Kaarli_hariduselts_Sade, lk 6
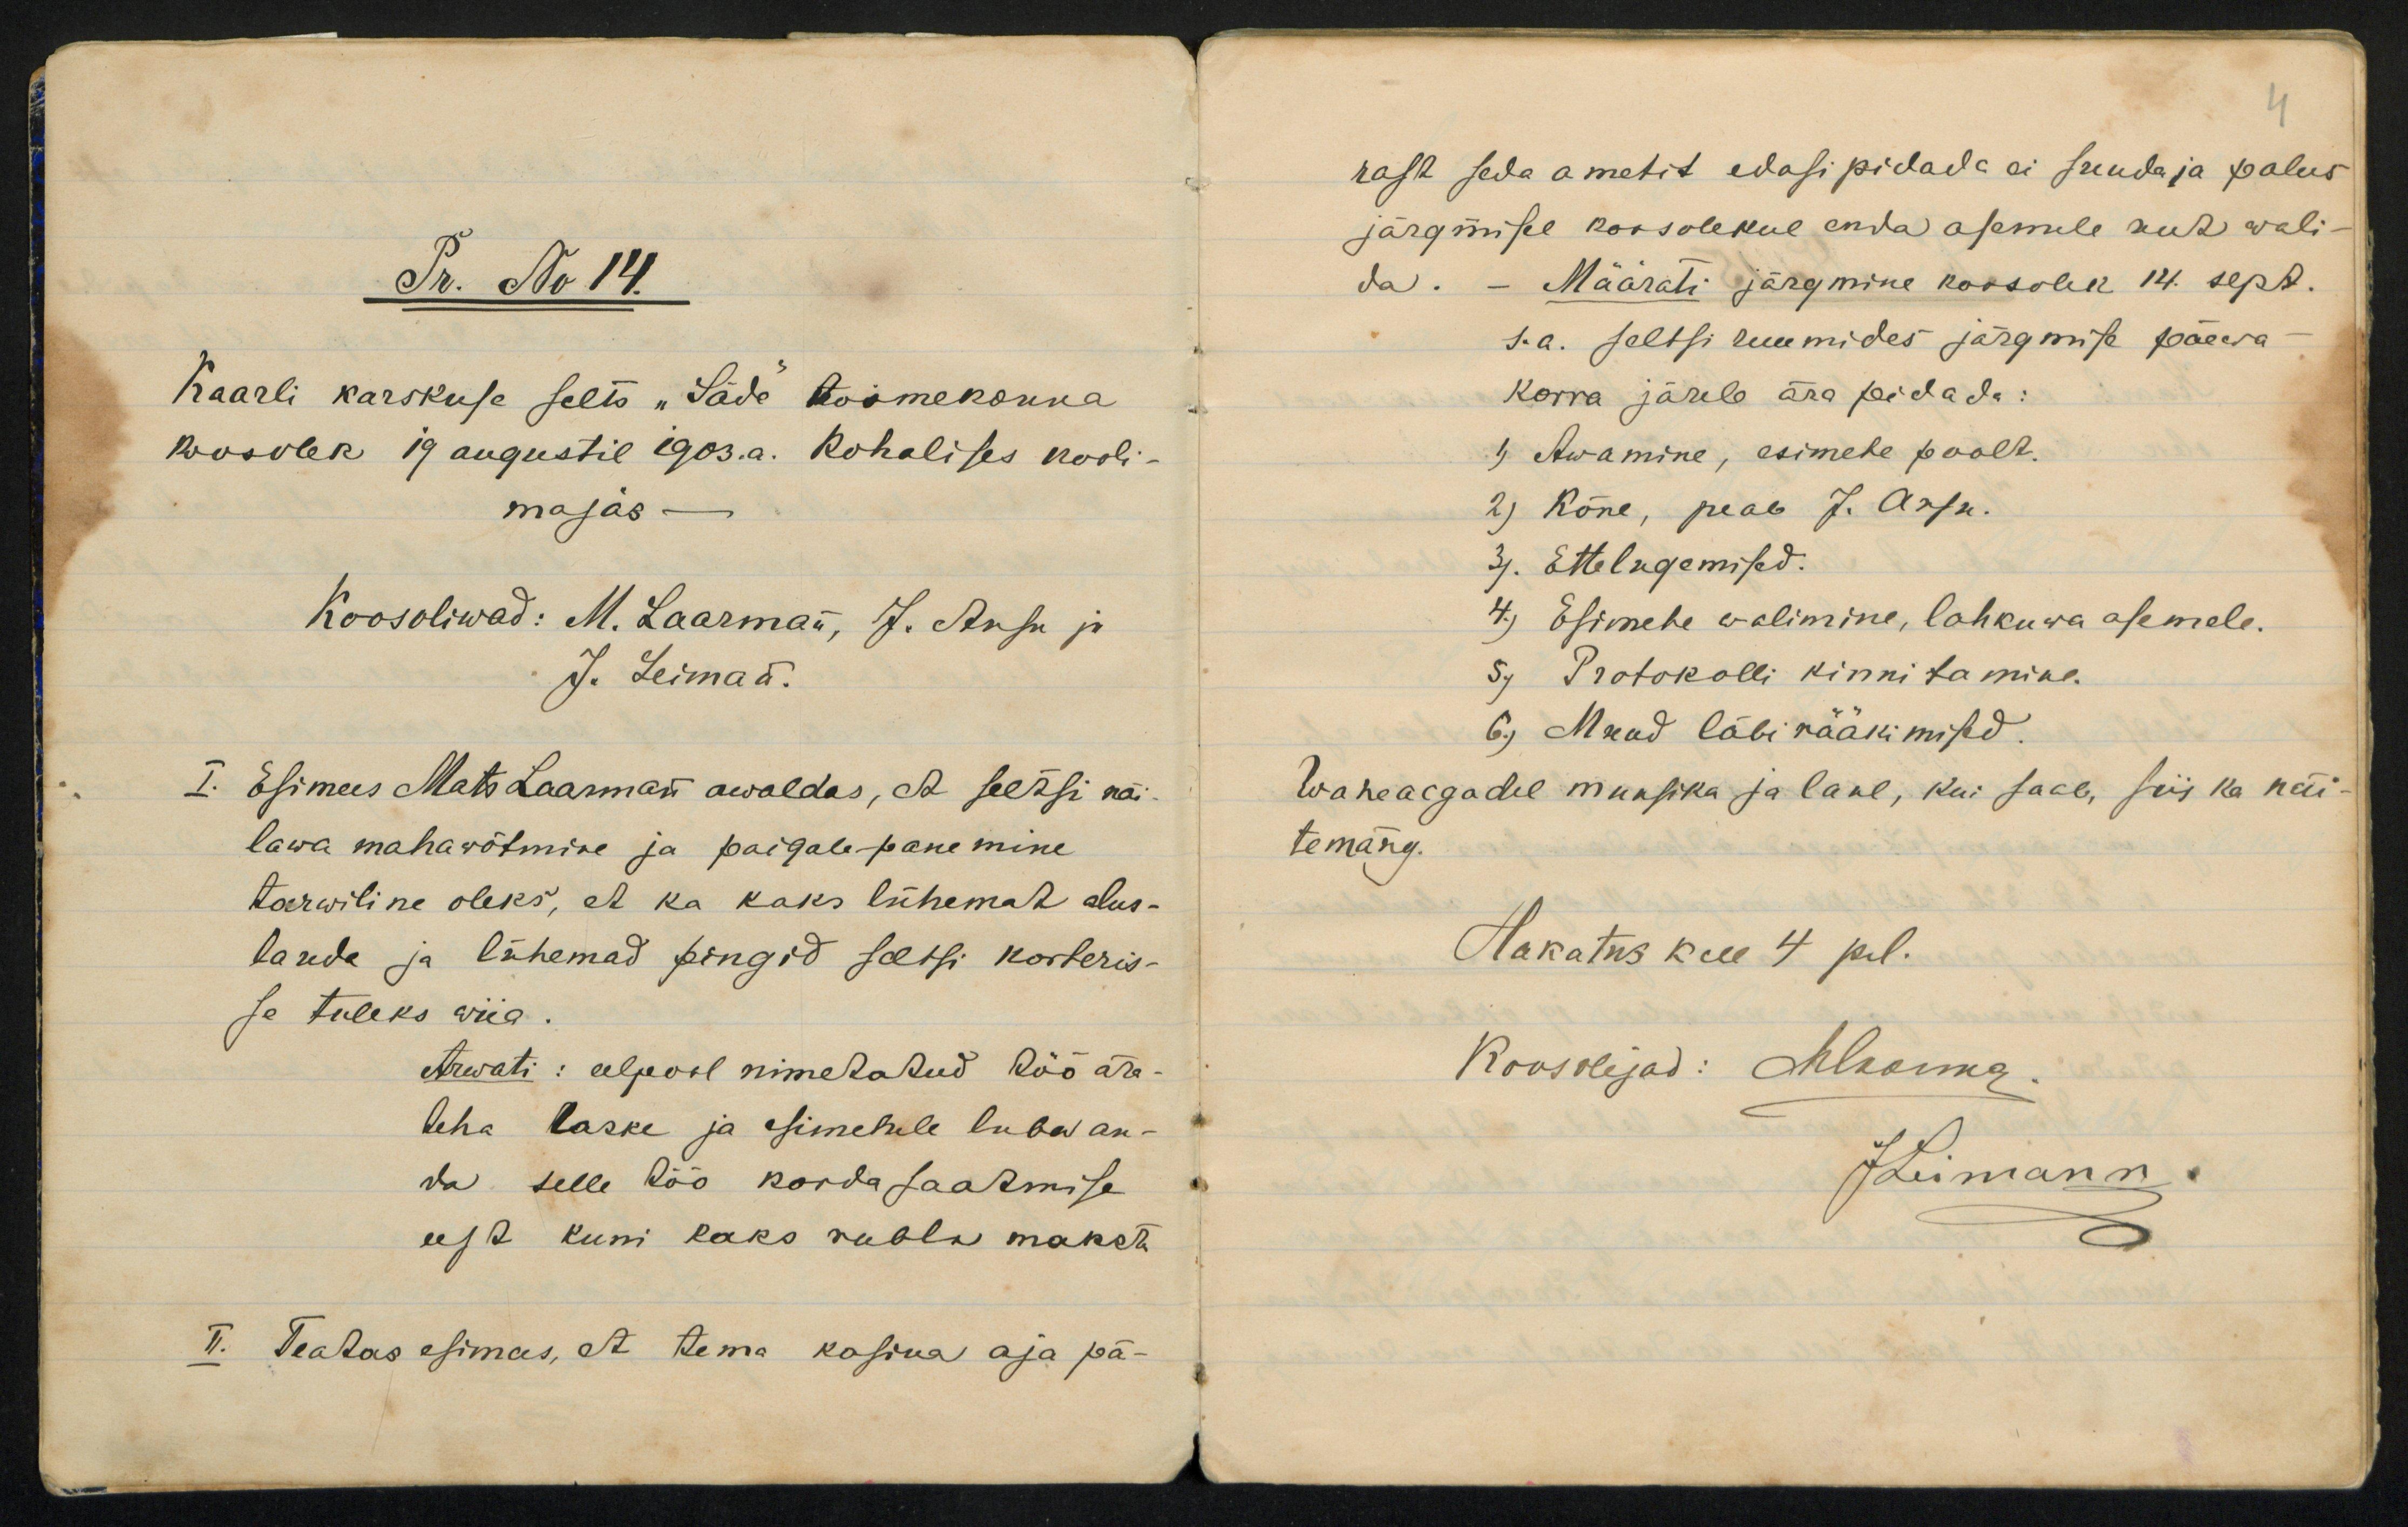
Pr. No 14.
Kaarli karskuse selts "Säde toimekonna
koosolek 19 augustil 1903.a. Kohalises kooli-
majas
Koosoliwad: M. Laarman, J. Ansu ja
J. Leiman.
I. Esimees Mats Laarman awaldas, et seltsi näi-
lawa mahawõtmise ja paigale-panemine
tarwiline oleks, et ka kaks lühemat alus-
lauda ja lähemad pingid seltsi korteris-
se tuleks wiia.
Arwati: eelpool nimetatud töö ära-
teha laske ja esimehele luba an-
da selle töö kordasaadmise
eest kuni kaks rubla maksta
I. Teatas esimees, et tema kasina aja pä-

rast seda ametit edasipidada ei suudaja palusjärgmisel koosolekul enda asemile rut waliMäärati järgmine koosolk 14. sept.da.s.a. seltsi ruumides järgmise päewa-korra järeb ära feidada:1) Awamine, esimehe poolt.2) Kõne, peab J. Arfu.3. Ettelugemised:4) Esimehe valimine, lahkuwa osemele.5, Protokolli kinnitamine-6, Muad läbi rääkimised.waheaegadel muasika ja laul, kui saab, siis ka näitemäng.Hakatus kell 4 pel.